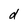
Character: d